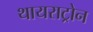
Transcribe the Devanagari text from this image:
थायराट्रोन